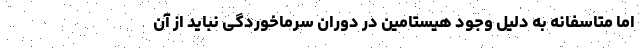
اما متاسفانه به دلیل وجود هیستامین در دوران سرماخوردگی نباید از آن